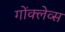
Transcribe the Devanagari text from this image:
गोंक्लेव्स